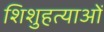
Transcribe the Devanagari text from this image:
शिशुहत्याओं